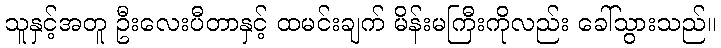
သူနှင့်အတူ ဦးလေးပီတာနှင့် ထမင်းချက် မိန်းမကြီးကိုလည်း ခေါ်သွားသည်။